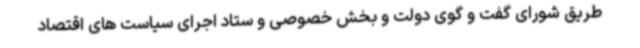
طریق شورای گفت و گوی دولت و بخش خصوصی و ستاد اجرای سیاست های اقتصاد